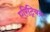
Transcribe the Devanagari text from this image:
एरिट्रियन